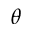
\theta